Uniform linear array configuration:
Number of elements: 48
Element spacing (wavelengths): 0.25
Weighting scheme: hamming
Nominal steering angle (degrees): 15
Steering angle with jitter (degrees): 13.623
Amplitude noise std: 0.05
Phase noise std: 0.05

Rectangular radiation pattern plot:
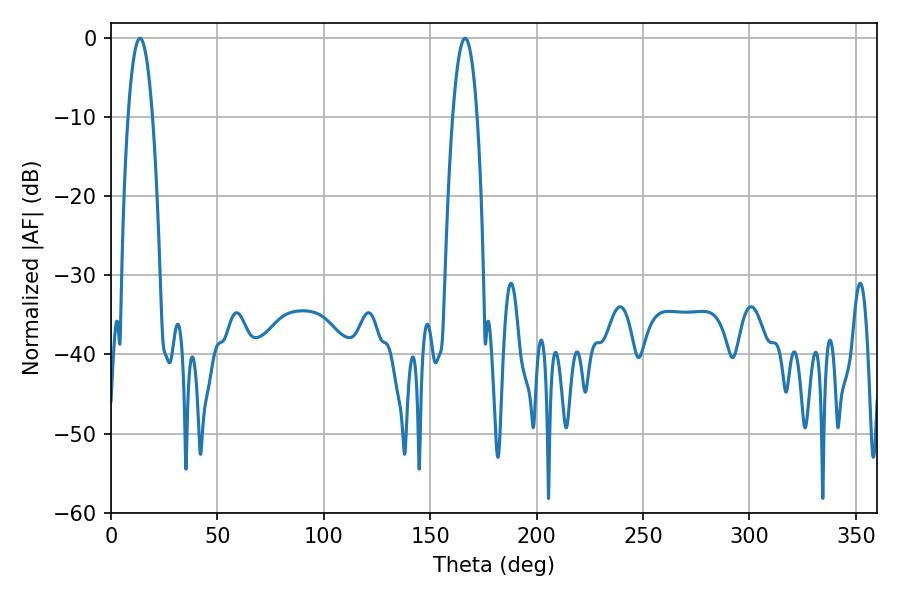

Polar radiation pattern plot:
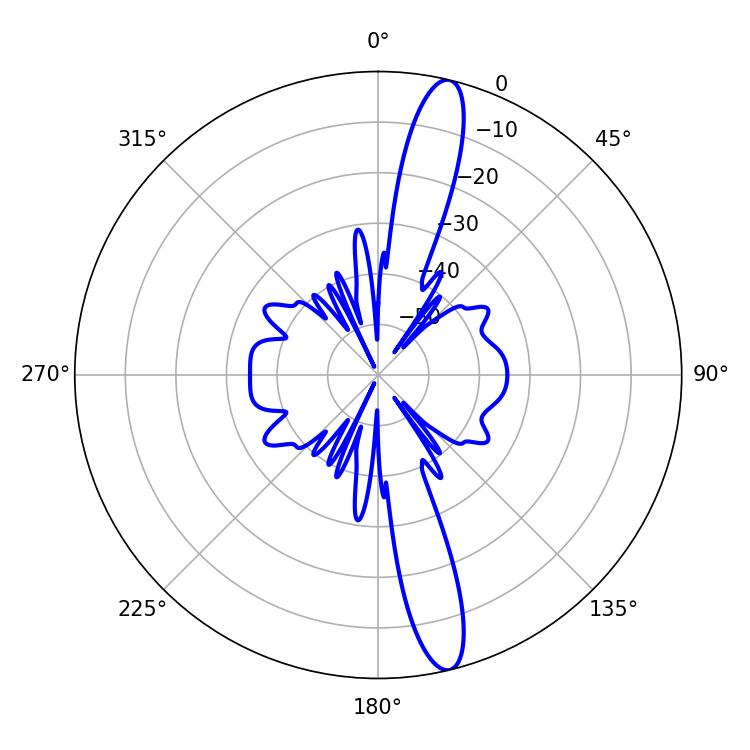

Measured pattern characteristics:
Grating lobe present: FALSE
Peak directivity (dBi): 15.498
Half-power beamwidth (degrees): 6.3
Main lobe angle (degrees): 13.68